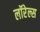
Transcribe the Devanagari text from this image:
लॉरेल्स